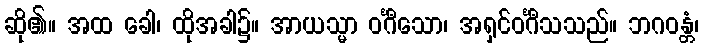
ဆို၏။ အထ ခေါ၊ ထိုအခါ၌။ အာယသ္မာ ဝင်္ဂီသော၊ အရှင်ဝင်္ဂီသသည်။ ဘဂဝန္တံ၊